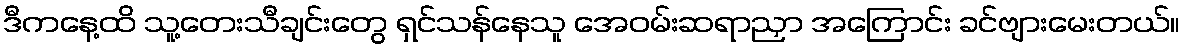
ဒီကနေ့ထိ သူ့တေးသီချင်းတွေ ရှင်သန်နေသူ အေဝမ်းဆရာညှာ အကြောင်း ခင်ဗျားမေးတယ်။